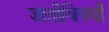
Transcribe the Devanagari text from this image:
जातीविषयीं